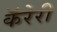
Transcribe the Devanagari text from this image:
कॅरेरी